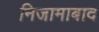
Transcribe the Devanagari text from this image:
निजामाबाद